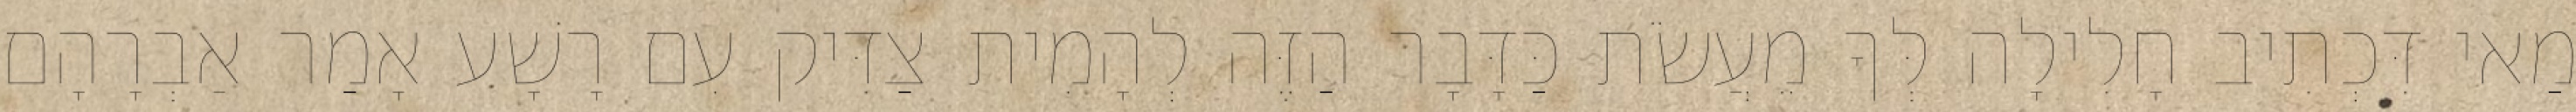
מַאי דִּכְתִיב חָלִילָה לְּךָ מֵעֲשֹׂת כַּדָּבָר הַזֶּה לְהָמִית צַדִּיק עִם רָשָׁע אָמַר אַבְרָהָם